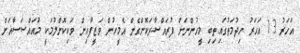
އަހަރު 13 އަހަރު ހިދުމަތުގައި.ތިބި މީހުންނަށް ފުރައްސާރަކޮށްގެން އެމީހުން ވަޒީފާއިން ވަކިކޮށްލުމަކީ މުައައްސަސާއަށް